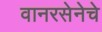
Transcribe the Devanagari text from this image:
वानरसेनेचे